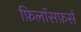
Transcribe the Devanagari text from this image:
फ़िलॉसफ़र्स